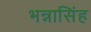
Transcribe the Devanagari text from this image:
भन्नासिंह